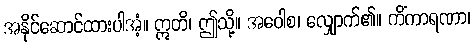
အနိုင်ဆောင်ထားပါအံ့။ ဣတိ၊ ဤသို့။ အဝေါစ၊ လျှောက်၏။ ကိံကာရဏာ၊